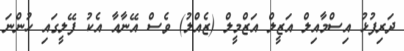
ދަރިފުޅު އިސްމާއިލް އަޒީލް އަޒްމީލް (ޒެއްލު) ވެސް އޭނާއާ އެކު ފޭލީގައި ހުންނަ